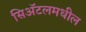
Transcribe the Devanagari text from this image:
सिॲटलमधील